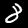
Digit: 8